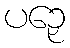
ပဉှေ